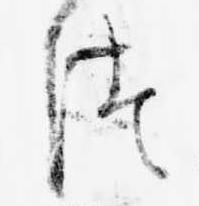
つ